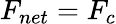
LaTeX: F_{net}=F_{c}